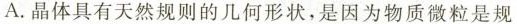
A.晶体具有天然规则的几何形状，是因为物质微粒是规